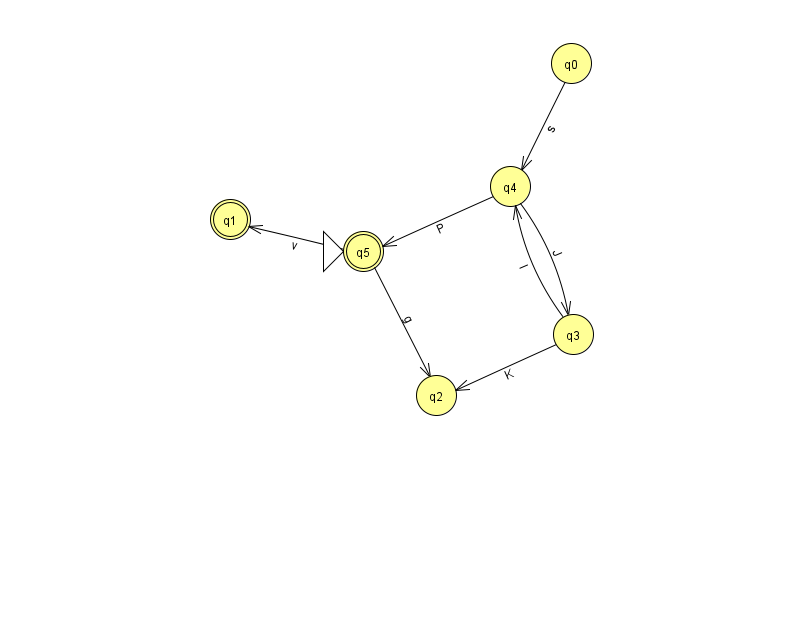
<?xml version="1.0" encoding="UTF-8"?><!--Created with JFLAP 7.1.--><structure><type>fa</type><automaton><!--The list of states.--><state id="0" name="q0"><x>571.0</x><y>50.0</y></state><state id="1" name="q1"><x>230.0</x><y>206.0</y><final/></state><state id="2" name="q2"><x>436.0</x><y>382.0</y></state><state id="3" name="q3"><x>573.0</x><y>321.0</y></state><state id="4" name="q4"><x>510.0</x><y>173.0</y></state><state id="5" name="q5"><x>363.0</x><y>238.0</y><initial/><final/></state><!--The list of transitions.--><transition><from>3</from><to>2</to><read>K</read></transition><transition><from>4</from><to>5</to><read>P</read></transition><transition><from>3</from><to>4</to><read>l</read></transition><transition><from>5</from><to>1</to><read>v</read></transition><transition><from>5</from><to>2</to><read>g</read></transition><transition><from>0</from><to>4</to><read>s</read></transition><transition><from>4</from><to>3</to><read>J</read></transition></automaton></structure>